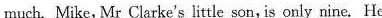
much. Mike, Mr Clarke's little son, is only nine. He